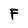
Character: F